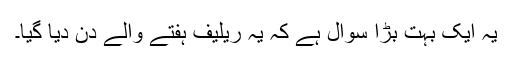
یہ ایک بہت بڑا سوال ہے کہ یہ ریلیف ہفتے والے دن دیا گیا۔